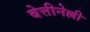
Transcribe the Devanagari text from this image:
बेत्तीनेल्ली